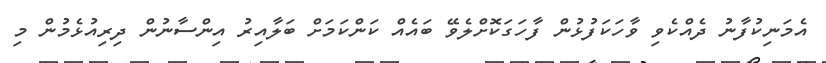
އެމަނިކުފާނު ދެއްކެވި ވާހަކަފުޅުން ފާހަގަކޮށްލެވޭ ބައެއް ކަންކަމަށް ބަލާއިރު އިންސާނުން ދިރިއުޅެމުން މި